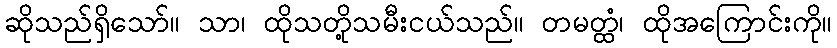
ဆိုသည်ရှိသော်။ သာ၊ ထိုသတို့သမီးငယ်သည်။ တမတ္ထံ၊ ထိုအကြောင်းကို။